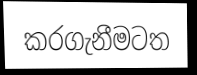
කරගැනීමටත